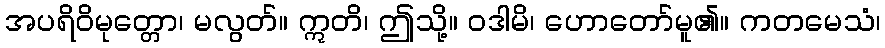
အပရိဝိမုတ္တော၊ မလွတ်။ ဣတိ၊ ဤသို့။ ဝဒါမိ၊ ဟောတော်မူ၏။ ကတမေသံ၊